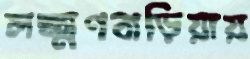
লক্ষ্মণবাড়িয়ায়